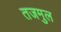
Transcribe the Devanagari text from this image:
तजमुल